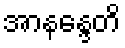
အာနန္ဒေတိ